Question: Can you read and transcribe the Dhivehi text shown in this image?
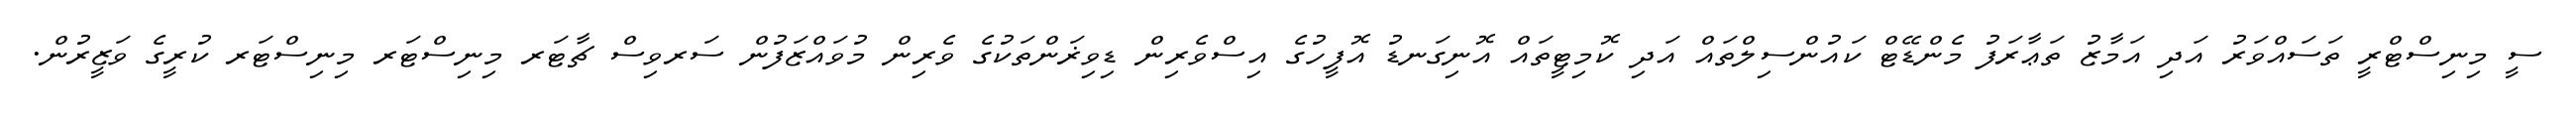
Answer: ސީ މިނިސްޓްރީ ތަސައްވަރު އަދި އަމާޒު ތަޢާރަފު މެންޑޭޓް ކައުންސިލްތައް އަދި ކޮމިޓީތައް އޮނިގަނޑު އޮފީހުގެ އިސްވެރިން ޑިވިޜަންތަކުގެ ވެރިން މުވައްޒަފުން ސަރވިސް ޗާޓަރ މިނިސްޓަރ މިނިސްޓަރ ކުރީގެ ވަޒީރުން.